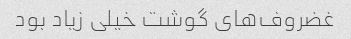
غضروف‌های گوشت خیلی زیاد بود